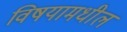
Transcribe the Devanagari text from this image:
विषयामधील